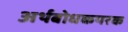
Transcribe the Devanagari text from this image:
अर्थबोधकपरक